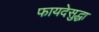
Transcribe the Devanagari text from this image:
फायदेसुद्धा